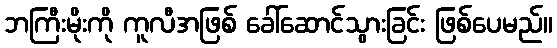
ဘကြီးမိုးကို ကူလီအဖြစ် ခေါ်ဆောင်သွားခြင်း ဖြစ်ပေမည်။